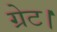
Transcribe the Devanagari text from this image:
ग्रेट।